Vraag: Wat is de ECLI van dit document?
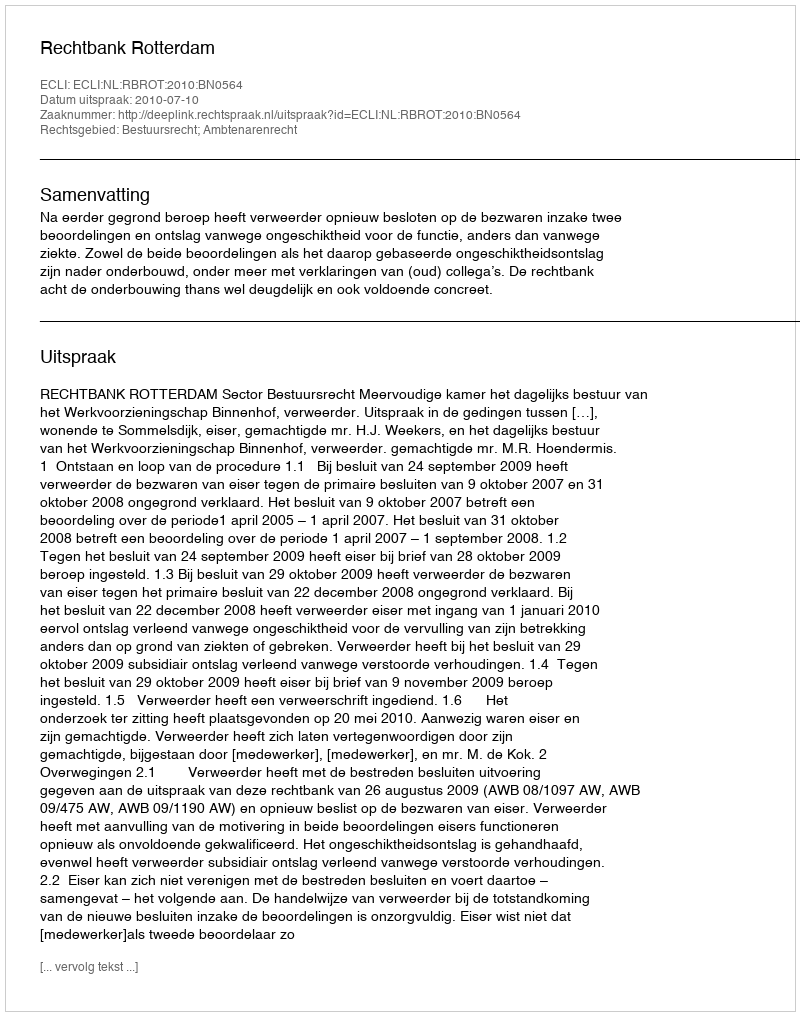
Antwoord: ECLI:NL:RBROT:2010:BN0564